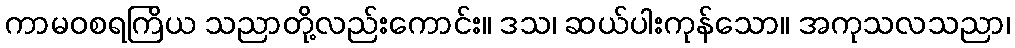
ကာမဝစရကြိယ သညာတို့လည်းကောင်း။ ဒသ၊ ဆယ်ပါးကုန်သော။ အကုသလသညာ၊